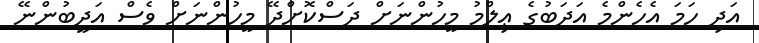
އަދި ހަމަ އެހެންމެ އަދަބުގެ ޢިލްމު މީހުންނަށް ދަސްކޮށްދޭ މީހުންނަށް ވެސް އަދީބުންނޭ